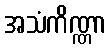
အသံကိဏ္ဏာ